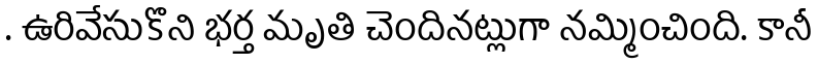
. ఉరివేసుకొని భర్త మృతి చెందినట్లుగా నమ్మించింది. కానీ